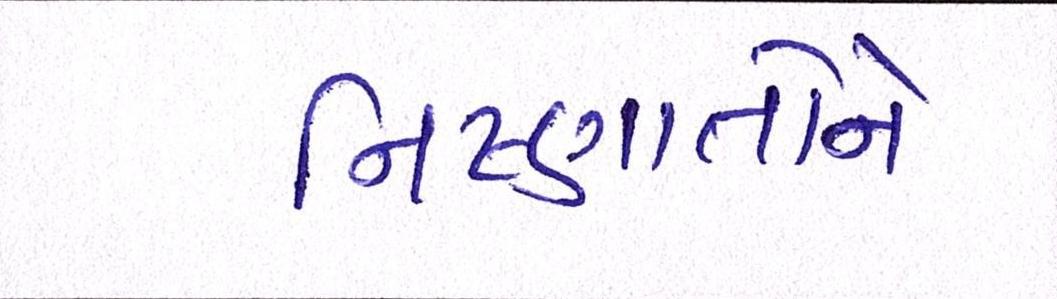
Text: નિષ્ણાતોને